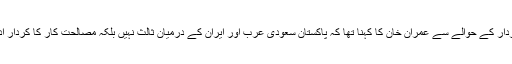
اسلام آباد کے کردار کے حوالے سے عمران خان کا کہنا تھا کہ پاکستان سعودی عرب اور ایران کے درمیان ثالث نہیں بلکہ مصالحت کار کا کردار ادا کرنا چاہتا ہے۔